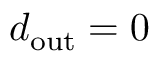
d _ { \mathrm { o u t } } = 0